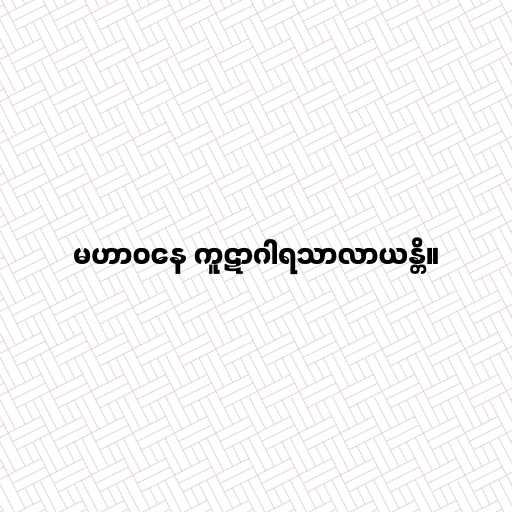
မဟာဝနေ ကူဋာဂါရသာလာယန္တိ။